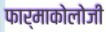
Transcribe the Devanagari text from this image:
फार्माकोलोजी